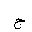
Letter: _gim